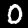
Label: 0